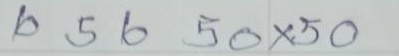
656 = 50 x 50